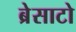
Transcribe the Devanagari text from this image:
ब्रेसाटो